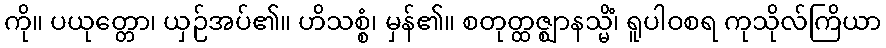
ကို။ ပယုတ္တော၊ ယှဉ်အပ်၏။ ဟိသစ္စံ၊ မှန်၏။ စတုတ္ထဇ္ဈာနသ္မိံ၊ ရူပါဝစရ ကုသိုလ်ကြိယာ